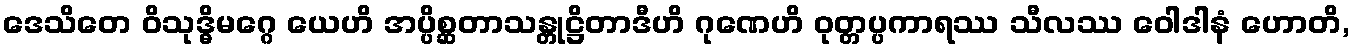
ဒေသိတေ ဝိသုဒ္ဓိမဂ္ဂေ ယေဟိ အပ္ပိစ္ဆတာသန္တုဋ္ဌိတာဒီဟိ ဂုဏေဟိ ဝုတ္တပ္ပကာရဿ သီလဿ ဝေါဒါနံ ဟောတိ,